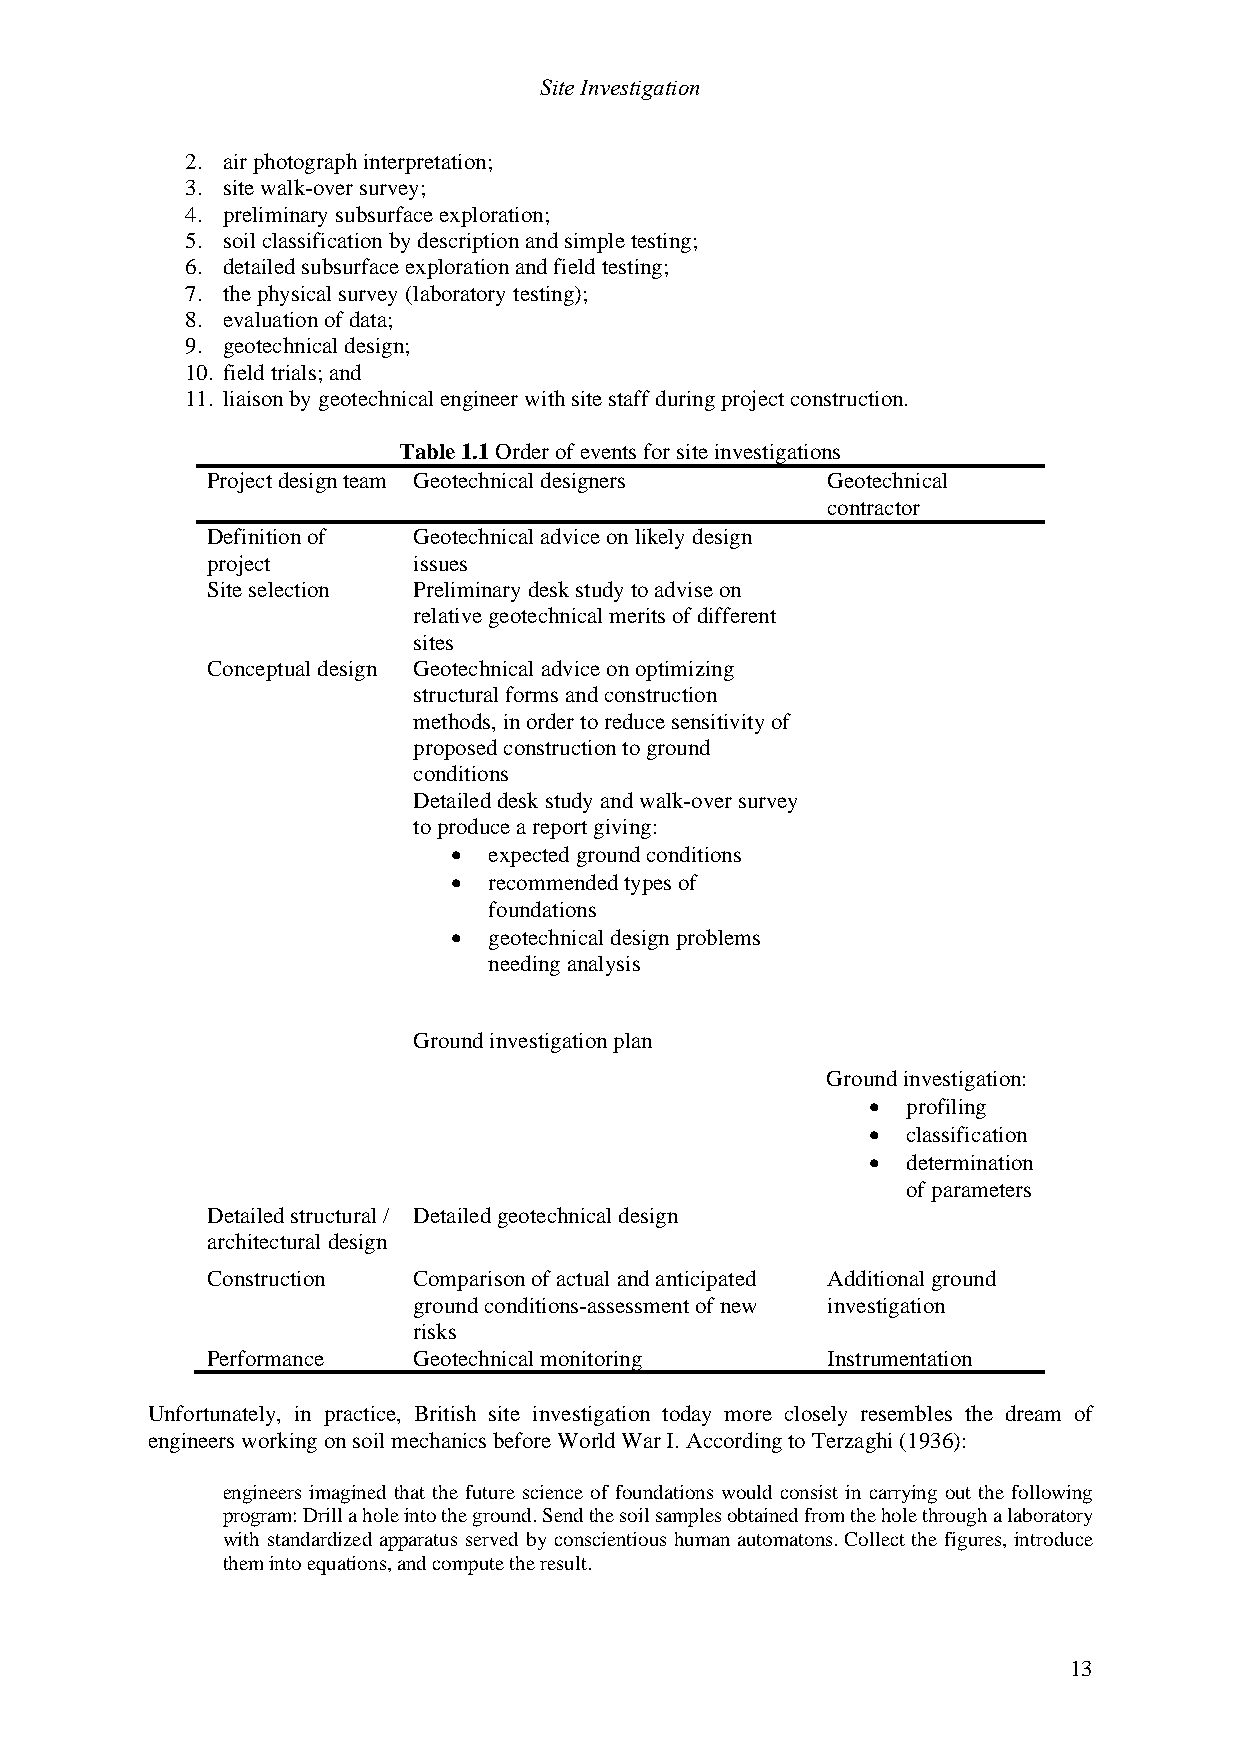
Site Investigation
 2. air photograph interpretation;
 3. site walk-over survey;
 4. preliminary subsurface exploration;
 5. soil classification by description and simple testing;
 6. detailed subsurface exploration and field testing;
 7. the physical survey (laboratory testing);
 8. evaluation of data;
 9. geotechnical design;
 10. field trials; and
 11. liaison by geotechnical engineer with site staff during project construction.
 Table 1.1 Order of events for site investigations
 Project design team Geotechnical designers Geotechnical
 contractor
 Definition of Geotechnical advice on likely design
 project      issues
 Site selection Preliminary desk study to advise on
 relative geotechnical merits of different
 sites
 Conceptual design Geotechnical advice on optimizing
 structural forms and construction
 methods, in order to reduce sensitivity of
 proposed construction to ground
 conditions
 Detailed desk study and walk-over survey
 to produce a report giving:
 • expected ground conditions
 • recommended types of
 foundations
 • geotechnical design problems
 needing analysis
 Ground investigation plan
 Ground investigation:
 • profiling
 • classification
 • determination
 of parameters
 Detailed structural / Detailed geotechnical design
 architectural design
 Construction Comparison of actual and anticipated Additional ground
 ground conditions-assessment of new investigation
 risks
 Performance  Geotechnical monitoring     Instrumentation
 Unfortunately, in practice, British site investigation today more closely resembles the dream of
 engineers working on soil mechanics before World War I. According to Terzaghi (1936):
 engineers imagined that the future science of foundations would consist in carrying out the following
 program: Drill a hole into the ground. Send the soil samples obtained from the hole through a laboratory
 with standardized apparatus served by conscientious human automatons. Collect the figures, introduce
 them into equations, and compute the result.
 13